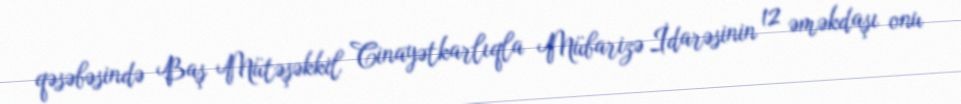
qəsəbəsində Baş Mütəşəkkil Cinayətkarlıqla Mübarizə İdarəsinin 12 əməkdaşı onu